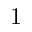
1